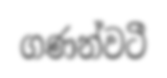
ගණන්වටී